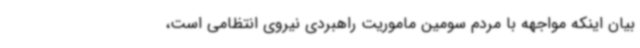
بیان اینکه مواجهه با مردم سومین ماموریت راهبردی نیروی انتظامی است،